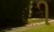
ી